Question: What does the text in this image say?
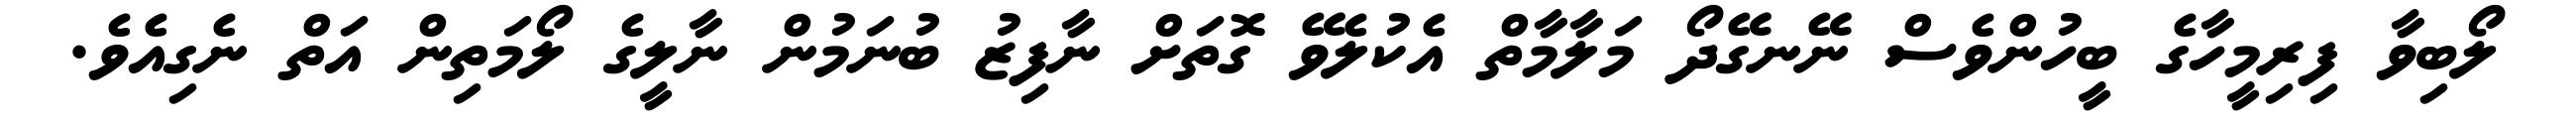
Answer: ލޯބިވާ ފިރިމީހާގެ ބީހުންވެސް ނޭނގޭދޯ މަލާމާތް އެކުލެވޭ ގޮތަށް ނާފިޒު ބުނަމުން ނާލީގެ ލޯމަތިން އަތް ނެގިއެވެ.